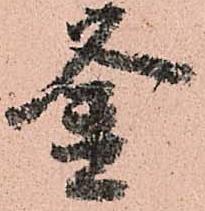
釜